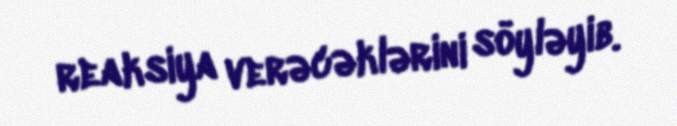
reaksiya verəcəklərini söyləyib.